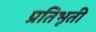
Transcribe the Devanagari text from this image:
प्रतिभूती